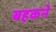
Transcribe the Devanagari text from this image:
बहकने